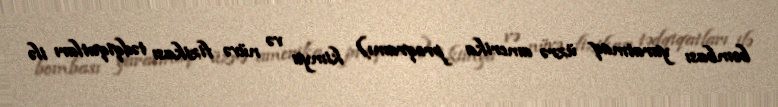
bombası yaratmaq üzrə amerika proqramı) kimya və nüvə fizikası tədqiqatları ilə